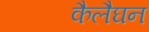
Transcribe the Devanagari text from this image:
कैलैघन